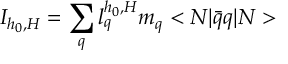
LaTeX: I _ { h _ { 0 } , H } = \sum _ { q } l _ { q } ^ { h _ { 0 } , H } m _ { q } < N | \bar { q } q | N >